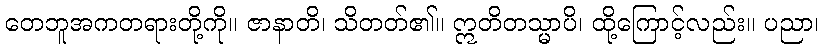
တေဘူအကတရားတို့ကို။ ဇာနာတိ၊ သိတတ်၏။ ဣတိတသ္မာပိ၊ ထို့ကြောင့်လည်း။ ပညာ၊